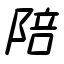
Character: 陪